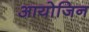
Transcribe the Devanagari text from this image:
आयोजिन